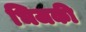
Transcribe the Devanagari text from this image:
भिजकी